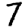
Digit: 7